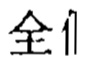
全亻